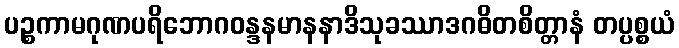
ပဉ္စကာမဂုဏပရိဘောဂဝန္ဒနမာနနာဒိသုခဿာဒဂဓိတစိတ္တာနံ တပ္ပစ္စယံ